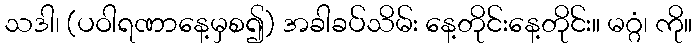
သဒါ၊ (ပဝါရဏာနေ့မှစ၍) အခါခပ်သိမ်း နေ့တိုင်းနေ့တိုင်း။ မဂ္ဂံ၊ ကို။